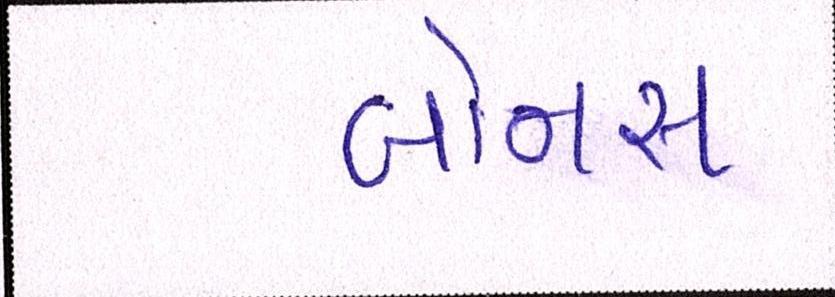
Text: બોનસ